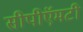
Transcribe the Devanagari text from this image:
सीपीऍमटी